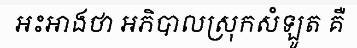
អះអាងថា អភិបាលស្រុកសំឡូត គឺ